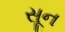
સૂન